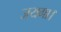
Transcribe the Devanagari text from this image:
जयगा।